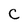
Character: C